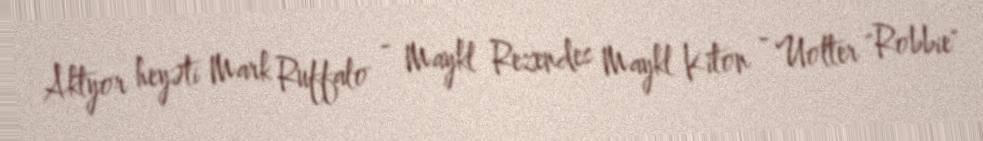
Aktyor heyəti Mark Ruffalo - Maykl Rezendes Maykl Kiton - Uolter "Robbie"